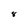
Character: 8